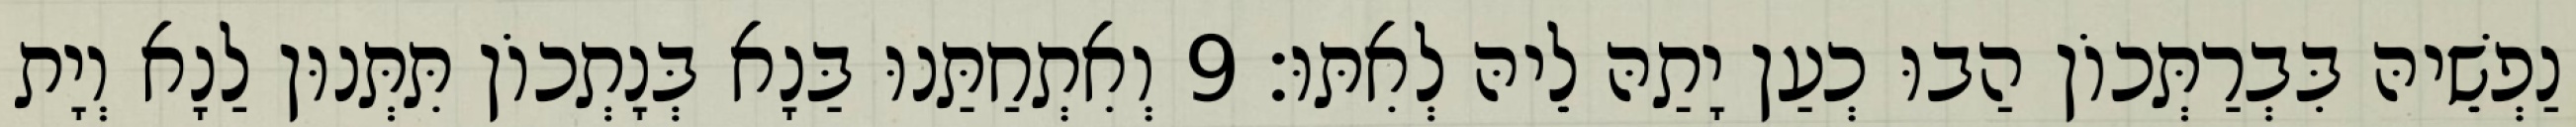
נַפְשֵׁיהּ בִּבְרַתְּכוֹן הַבוּ כְעַן יָתַהּ לֵיהּ לְאִתּוּ׃ 9 וְאִתְחַתַּנוּ בַּנָא בְּנָתְכוֹן תִּתְּנוּן לַנָא וְיָת